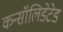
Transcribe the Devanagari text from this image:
कन्सॉलिडेटेड